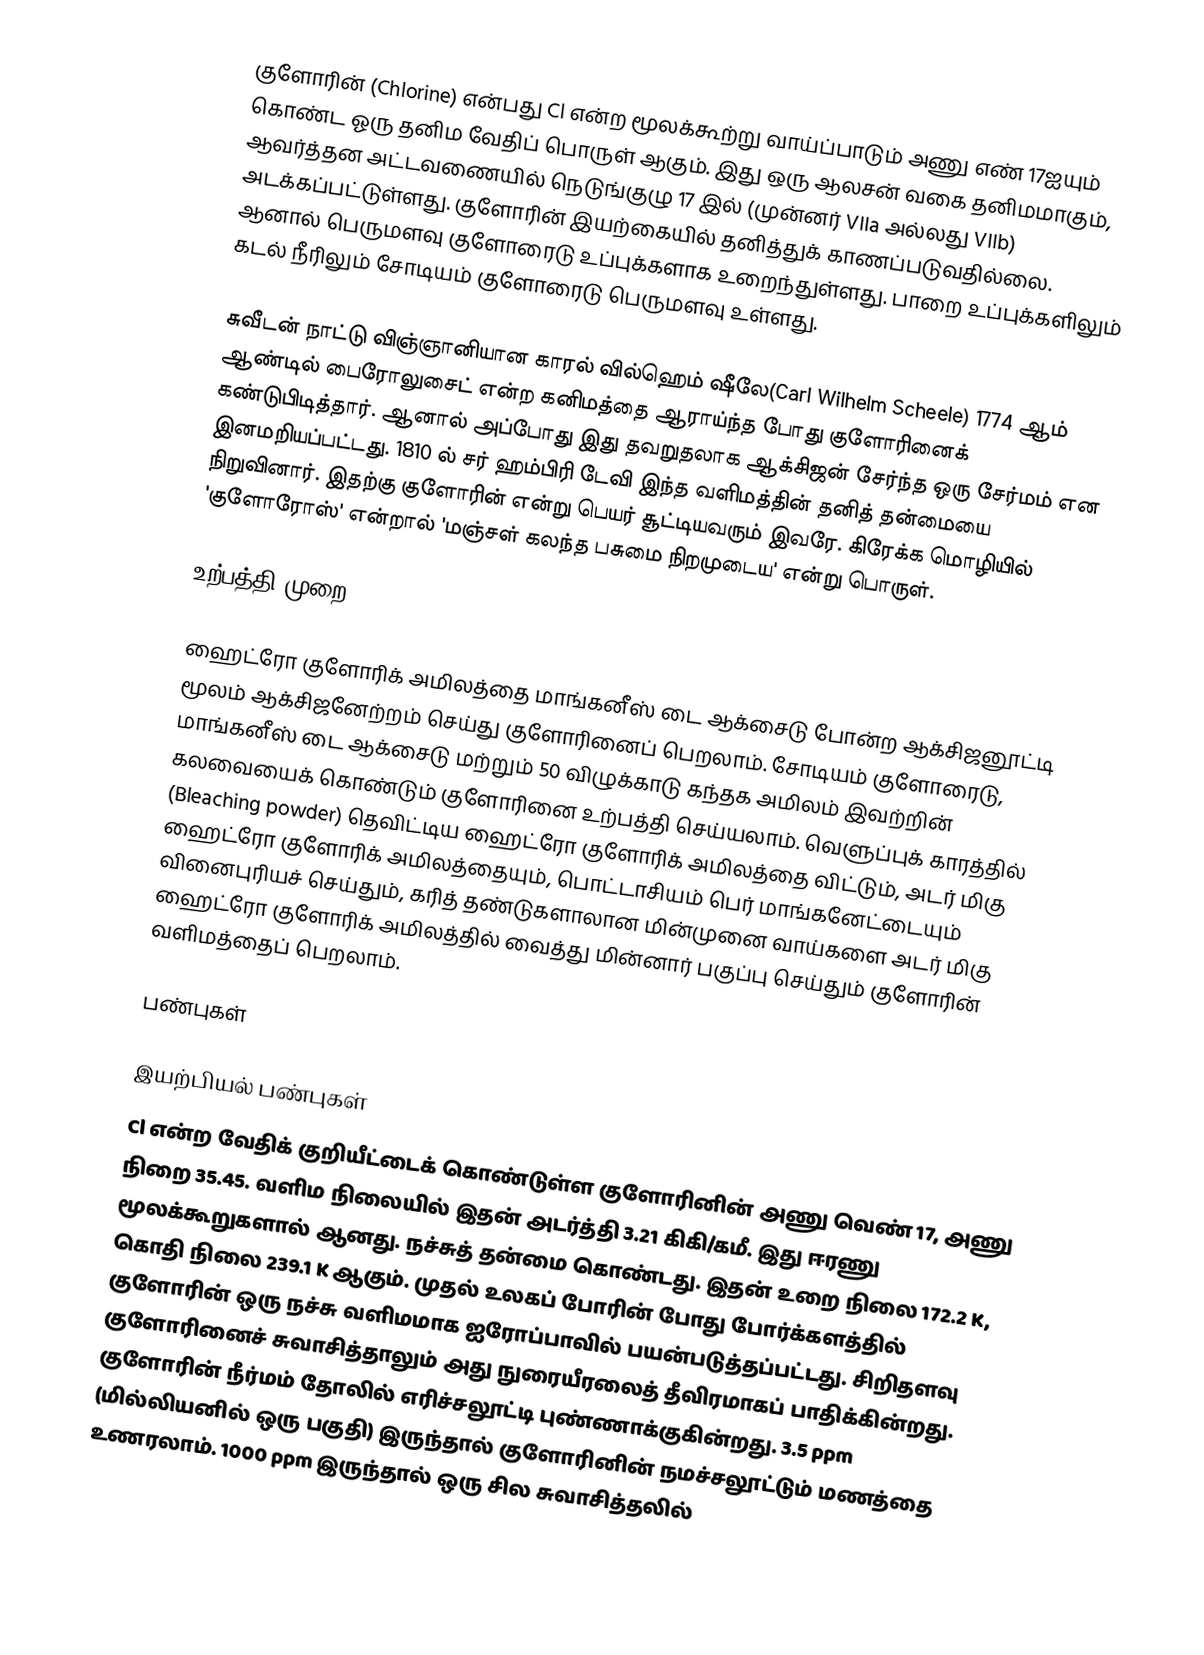
குளோரின் (Chlorine) என்பது Cl என்ற மூலக்கூற்று வாய்ப்பாடும் அணு எண் 17ஐயும் கொண்ட ஓரு தனிம வேதிப் பொருள் ஆகும். இது ஒரு ஆலசன் வகை தனிமமாகும், ஆவர்த்தன அட்டவணையில்  நெடுங்குழு 17 இல் (முன்னர் VIIa அல்லது VIIb) அடக்கப்பட்டுள்ளது. குளோரின் இயற்கையில் தனித்துக் காணப்படுவதில்லை. ஆனால் பெருமளவு குளோரைடு உப்புக்களாக உறைந்துள்ளது. பாறை உப்புக்களிலும் கடல் நீரிலும் சோடியம் குளோரைடு பெருமளவு உள்ளது.

சுவீடன் நாட்டு விஞ்ஞானியான காரல் வில்ஹெம் ஷீலே(Carl Wilhelm Scheele) 1774 ஆம் ஆண்டில் பைரோலுசைட் என்ற கனிமத்தை ஆராய்ந்த போது குளோரினைக் கண்டுபிடித்தார். ஆனால் அப்போது இது தவறுதலாக ஆக்சிஜன் சேர்ந்த ஒரு சேர்மம் என இனமறியப்பட்டது. 1810 ல் சர் ஹம்பிரி டேவி இந்த வளிமத்தின் தனித் தன்மையை நிறுவினார்.  இதற்கு குளோரின் என்று பெயர் சூட்டியவரும் இவரே. கிரேக்க மொழியில் 'குளோரோஸ்' என்றால் 'மஞ்சள் கலந்த பசுமை நிறமுடைய' என்று பொருள்.

உற்பத்தி முறை

ஹைட்ரோ குளோரிக் அமிலத்தை மாங்கனீஸ் டை ஆக்சைடு போன்ற ஆக்சிஜனூட்டி மூலம் ஆக்சிஜனேற்றம் செய்து குளோரினைப் பெறலாம். சோடியம் குளோரைடு, மாங்கனீஸ் டை ஆக்சைடு மற்றும் 50 விழுக்காடு கந்தக அமிலம் இவற்றின் கலவையைக் கொண்டும் குளோரினை உற்பத்தி செய்யலாம். வெளுப்புக் காரத்தில் (Bleaching powder) தெவிட்டிய ஹைட்ரோ குளோரிக் அமிலத்தை விட்டும், அடர் மிகு ஹைட்ரோ குளோரிக் அமிலத்தையும், பொட்டாசியம் பெர் மாங்கனேட்டையும் வினைபுரியச் செய்தும், கரித் தண்டுகளாலான மின்முனை வாய்களை அடர் மிகு ஹைட்ரோ குளோரிக் அமிலத்தில் வைத்து மின்னார் பகுப்பு செய்தும் குளோரின் வளிமத்தைப் பெறலாம்.

பண்புகள்

இயற்பியல் பண்புகள்
Cl என்ற வேதிக் குறியீட்டைக் கொண்டுள்ள குளோரினின் அணு வெண் 17, அணு நிறை 35.45. வளிம நிலையில் இதன் அடர்த்தி 3.21 கிகி/கமீ. இது ஈரணு மூலக்கூறுகளால் ஆனது. நச்சுத் தன்மை கொண்டது. இதன் உறை நிலை 172.2 K, கொதி நிலை 239.1 K ஆகும். முதல் உலகப் போரின் போது போர்க்களத்தில் குளோரின் ஒரு நச்சு வளிமமாக ஐரோப்பாவில் பயன்படுத்தப்பட்டது.  சிறிதளவு குளோரினைச் சுவாசித்தாலும் அது நுரையீரலைத் தீவிரமாகப் பாதிக்கின்றது. குளோரின் நீர்மம் தோலில் எரிச்சலூட்டி புண்ணாக்குகின்றது. 3.5 ppm (மில்லியனில் ஒரு பகுதி) இருந்தால் குளோரினின் நமச்சலூட்டும் மணத்தை உணரலாம்.  1000 ppm இருந்தால் ஒரு சில சுவாசித்தலில்